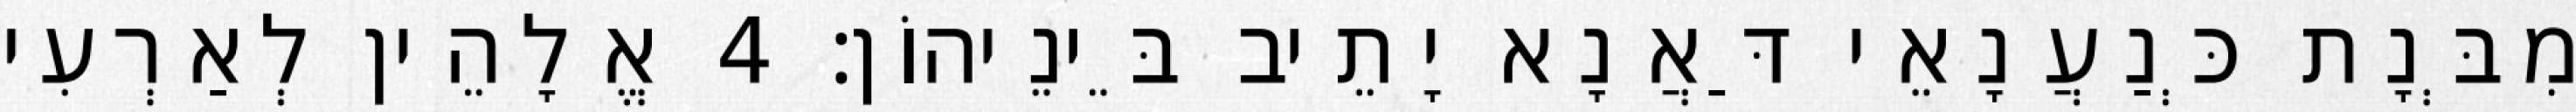
מִבְּנָת כְּנַעֲנָאֵי דַּאֲנָא יָתֵיב בֵּינֵיהוֹן׃ 4 אֱלָהֵין לְאַרְעִי